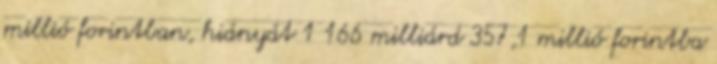
millió forintban, hiányát 1 166 milliárd 357,1 millió forintba